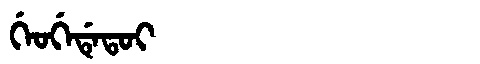
Manchu: ᡤᡝᠣᡤᡝᡩᡝᡨᠣᡳ
Romanization: GEOGEDETOI